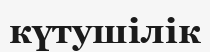
күтушілік